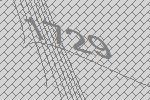
1729